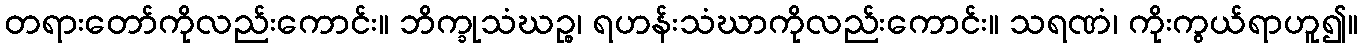
တရားတော်ကိုလည်းကောင်း။ ဘိက္ခုသံဃဉ္စ၊ ရဟန်းသံဃာကိုလည်းကောင်း။ သရဏံ၊ ကိုးကွယ်ရာဟူ၍။